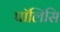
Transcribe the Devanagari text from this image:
पॉलिसि